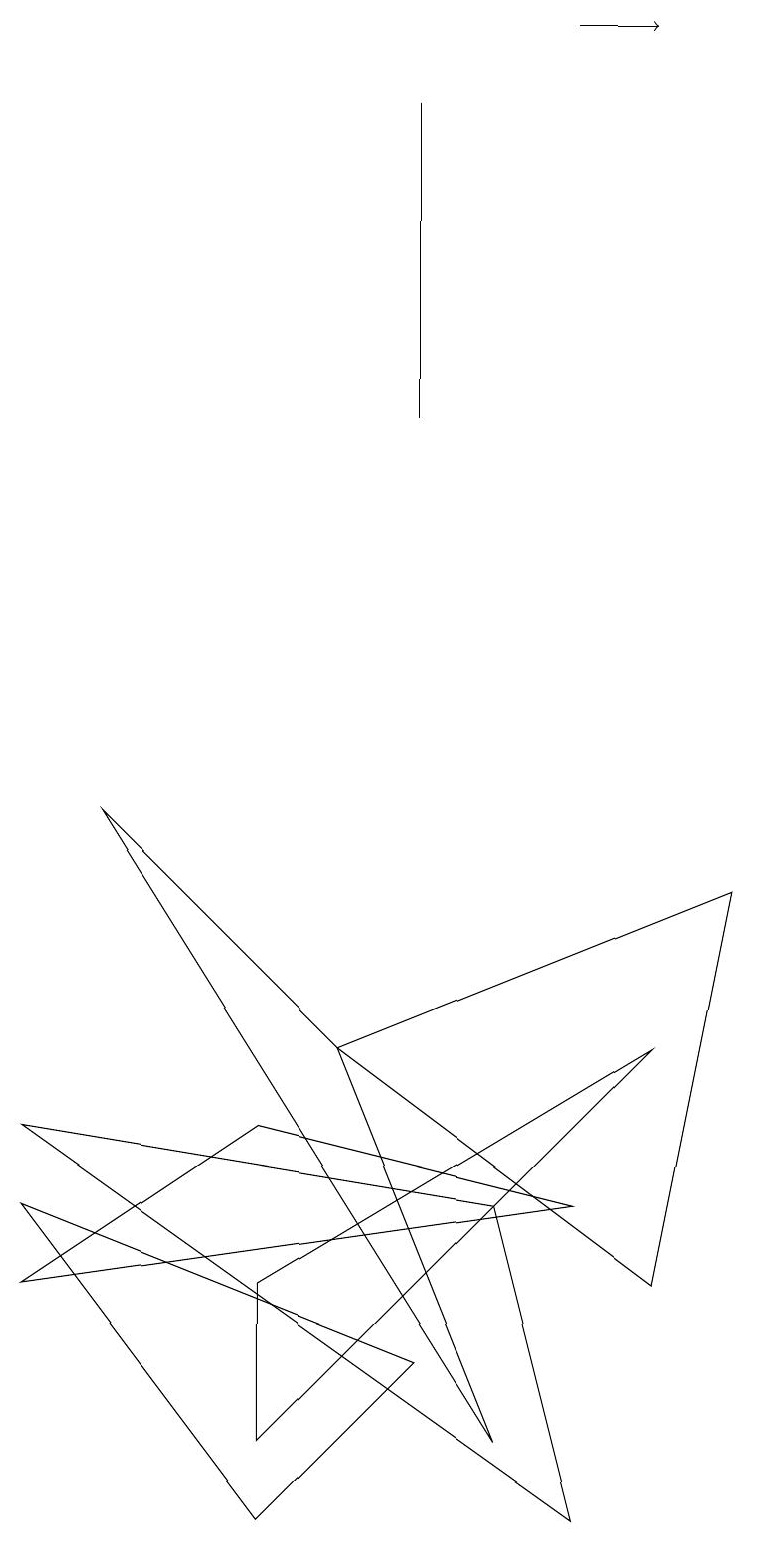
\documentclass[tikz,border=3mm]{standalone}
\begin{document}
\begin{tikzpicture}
\draw (5,2) -- (0,4) -- (3,0) -- cycle;
\draw (5,18) rectangle (5,14);
\draw (3,1) -- (3,3) -- (8,6) -- cycle;
\draw (0,3) -- (3,5) -- (7,4) -- cycle;
\draw (6,4) -- (0,5) -- (7,0) -- cycle;
\draw (8,3) -- (4,6) -- (9,8) -- cycle;
\draw (4,6) -- (1,9) -- (6,1) -- cycle;
\draw[->] (7,19) -- (8,19);
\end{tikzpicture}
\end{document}